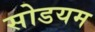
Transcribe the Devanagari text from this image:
सोडयम